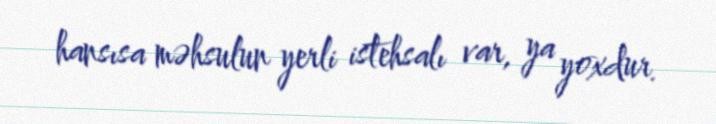
hansısa məhsulun yerli istehsalı var, ya yoxdur.